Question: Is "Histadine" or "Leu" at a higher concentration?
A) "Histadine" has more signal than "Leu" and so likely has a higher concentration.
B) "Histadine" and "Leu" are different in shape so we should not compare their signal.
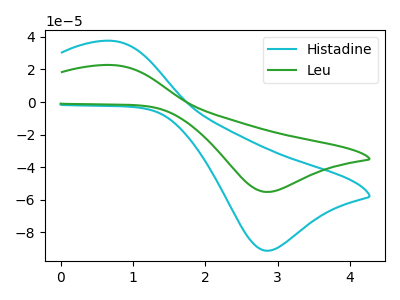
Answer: <think>The cyan curve "Histadine" has an anodic peak at (0.75V, 37.50uA) and a cathodic peak at (2.85V, -91.20uA). The green curve "Leu" has an anodic peak at (0.75V, 22.70uA) and a cathodic peak at (2.85V, -55.15uA).
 All the peaks in "Histadine" have a peak in "Leu" at the same potential. Every peak in "Histadine" is higher than every peak in "Leu".</think>
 <answer>A) "Histadine" has more signal than "Leu" and so likely has a higher concentration.</answer>
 <eval>A</eval>